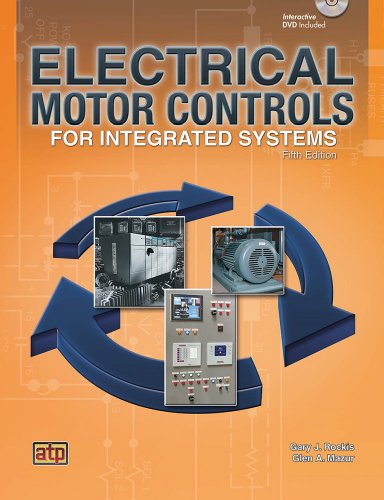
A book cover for Electrical Motor Controls for Integrated Systems; Gary Rockis; Engineering & Transportation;